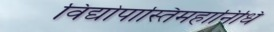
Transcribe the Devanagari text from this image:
विद्योपास्तिमहानिधि